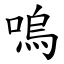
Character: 嗚